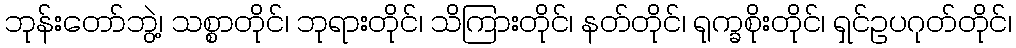
ဘုန်းတော်ဘွဲ့၊ သစ္စာတိုင်၊ ဘုရားတိုင်၊ သိကြားတိုင်၊ နတ်တိုင်၊ ရုက္ခစိုးတိုင်၊ ရှင်ဥပဂုတ်တိုင်၊